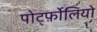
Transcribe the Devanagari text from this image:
पोर्ट्फ़ोलियो